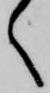
く